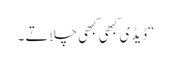
“ڈیڈی کبھی کبھی چلاتے ۔